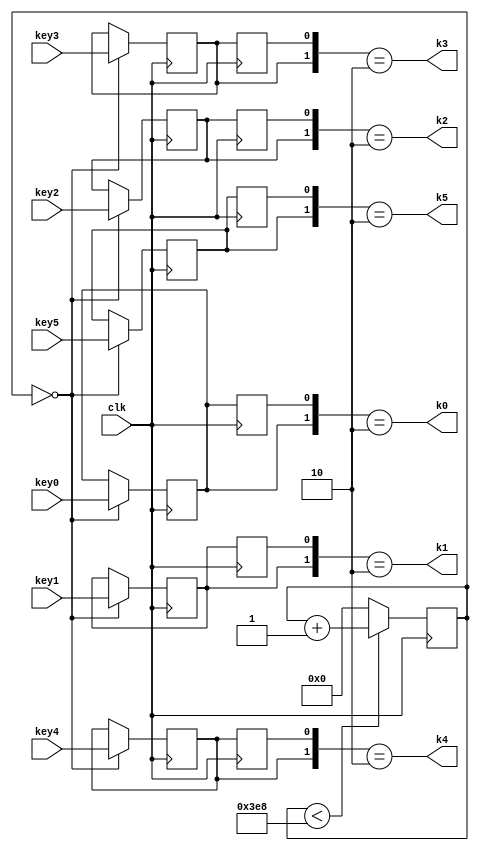
module keys (	input wire key0,key1,key2,key3,key4,key5,
		output wire k0,k1,k2,k3,k4,k5,
		input wire clk
);
	reg [19:0] cnt_10ms;
	initial cnt_10ms = 20'b0;

	always@(posedge clk) begin		
			if(cnt_10ms < 20'd1000) cnt_10ms <= cnt_10ms + 20'b1;//20'd1000_000
			else cnt_10ms <= 20'b0;
	end

	reg key_0_smp, key_1_smp,key_2_smp, key_3_smp,key_4_smp, key_5_smp;
	initial begin
	key_0_smp = 0;
	key_1_smp = 0;
	key_2_smp = 0;
	key_3_smp = 0;
	key_4_smp = 0; 
	key_5_smp = 0;
	end

	always@(posedge clk) begin
		if(cnt_10ms == 20'd000) begin
			key_0_smp <= key0;
			key_1_smp <= key1;
			key_2_smp <= key2;
			key_3_smp <= key3;
			key_4_smp <= key4;
			key_5_smp <= key5;
		end
	end

	reg k0_dly, k1_dly,k2_dly, k3_dly,k4_dly, k5_dly;
	always@(posedge clk) begin
		k0_dly = key_0_smp;
		k1_dly <= key_1_smp;
		k2_dly <= key_2_smp;
		k3_dly <= key_3_smp;
		k4_dly <= key_4_smp;
		k5_dly <= key_5_smp;
		
	end

	assign k0= ({key_0_smp, k0_dly} == 2'b10);
	assign k1= ({key_1_smp, k1_dly} == 2'b10);
	assign k2= ({key_2_smp, k2_dly} == 2'b10);
	assign k3= ({key_3_smp, k3_dly} == 2'b10);
	assign k4= ({key_4_smp, k4_dly} == 2'b10);
	assign k5= ({key_5_smp, k5_dly} == 2'b10);


/*
always begin
	 k0= ({key_0_smp, k0_dly} == 2'b10);
	 k1= ({key_1_smp, k1_dly} == 2'b10);
	 k2= ({key_2_smp, k2_dly} == 2'b10);
	 k3= ({key_3_smp, k3_dly} == 2'b10);
	 k4= ({key_4_smp, k4_dly} == 2'b10);
	 k5= ({key_5_smp, k5_dly} == 2'b10);
end
*/

endmodule